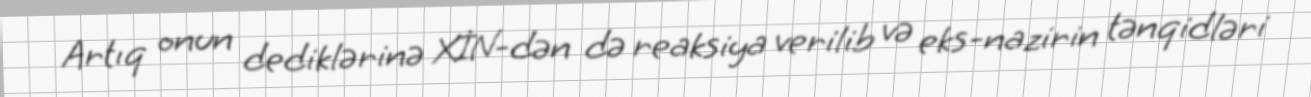
Artıq onun dediklərinə XİN-dən də reaksiya verilib və eks-nazirin tənqidləri